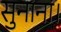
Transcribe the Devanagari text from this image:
सुनाना।